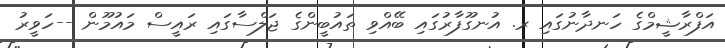
އަފްރާޝީމްގެ ހަނދާނުގައި ރ. އުނގޫފާރުގައި ބޭއްވި ތައުބީންގެ ޖަލްސާގައި ރައީސް މައުމޫން --ހަވީރު